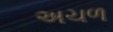
અચળ